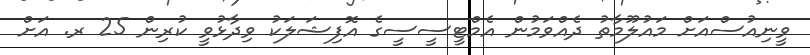
ވީނިއުސްއަށް މައުލޫމާތު ދެއްވަމުން އެމްޓީސީސީގެ އޮފިޝަލަކު ވިދާޅުވީ ކުރިން 25 ރ. އަށް